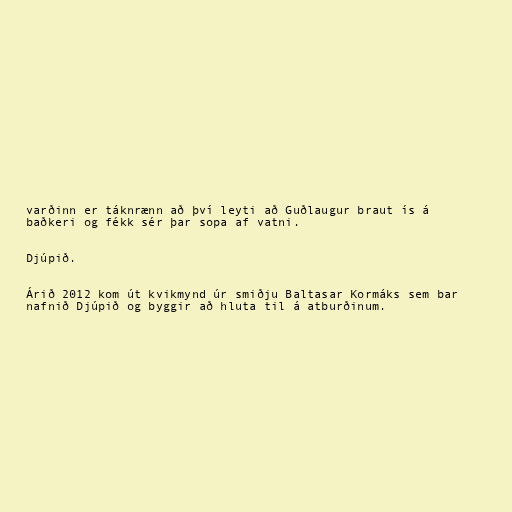
varðinn er táknrænn að því leyti að Guðlaugur braut ís á
baðkeri og fékk sér þar sopa af vatni.

Djúpið.

Árið 2012 kom út kvikmynd úr smiðju Baltasar Kormáks sem bar
nafnið Djúpið og byggir að hluta til á atburðinum.